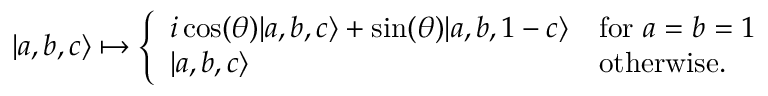
| a , b , c \rangle \mapsto { \left\{ \begin{array} { l l } { i \cos ( \theta ) | a , b , c \rangle + \sin ( \theta ) | a , b , 1 - c \rangle } & { { \mathrm { f o r ~ } } a = b = 1 } \\ { | a , b , c \rangle } & { { \mathrm { o t h e r w i s e . } } } \end{array} \right. }